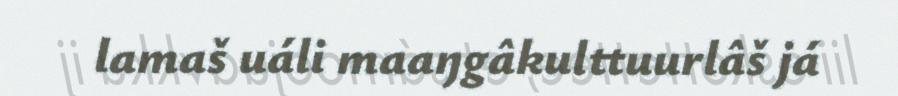
lamaš uáli maaŋgâkulttuurlâš já